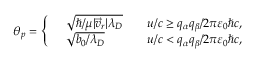
{ \theta } _ { p } = \left\{ \begin{array} { r l r } & { \sqrt { \hbar / \mu | \vec { v } _ { r } | \lambda _ { D } } \quad } & { u / c \ge q _ { \alpha } q _ { \beta } / 2 \pi \varepsilon _ { 0 } \hbar c , } \\ & { \sqrt { b _ { 0 } / \lambda _ { D } } \quad } & { u / c < q _ { \alpha } q _ { \beta } / 2 \pi \varepsilon _ { 0 } \hbar c , } \end{array} \right.